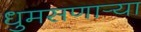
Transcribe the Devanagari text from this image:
धुमसणार्‍या